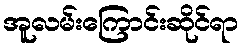
အူလမ်းကြောင်းဆိုင်ရာ